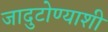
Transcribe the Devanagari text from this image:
जादुटोण्याशी